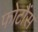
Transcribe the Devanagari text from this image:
फोटौंस